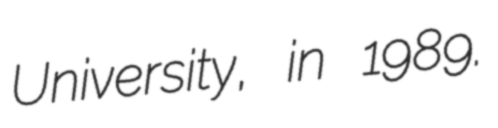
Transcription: University, in 1989.